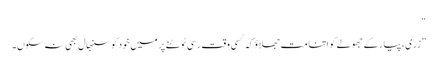
“
”زری، پیار کے جھولے کو اتنا مت جھلاؤ کہ کسی وقت رسی ٹوٹنے پر میں خود کو سنبھال بھی نہ سکوں۔